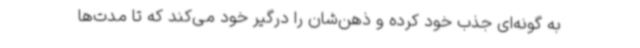
به گونه‌ای جذب خود کرده و ذهن‌شان را درگیر خود می‌کند که تا مدت‌ها